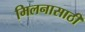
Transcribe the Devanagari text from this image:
मिलनासाठी